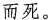
而死。